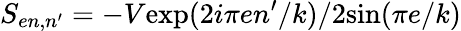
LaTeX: S_{en,n^{\prime}}=-V\mathrm{exp}(2i\pi en^{\prime}/k)/2\mathrm{sin}(\pi e/k)